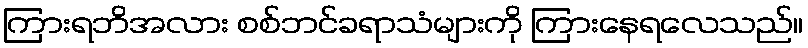
ကြားရဘိအလား စစ်ဘင်ခရာသံများကို ကြားနေရလေသည်။